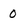
Character: 0